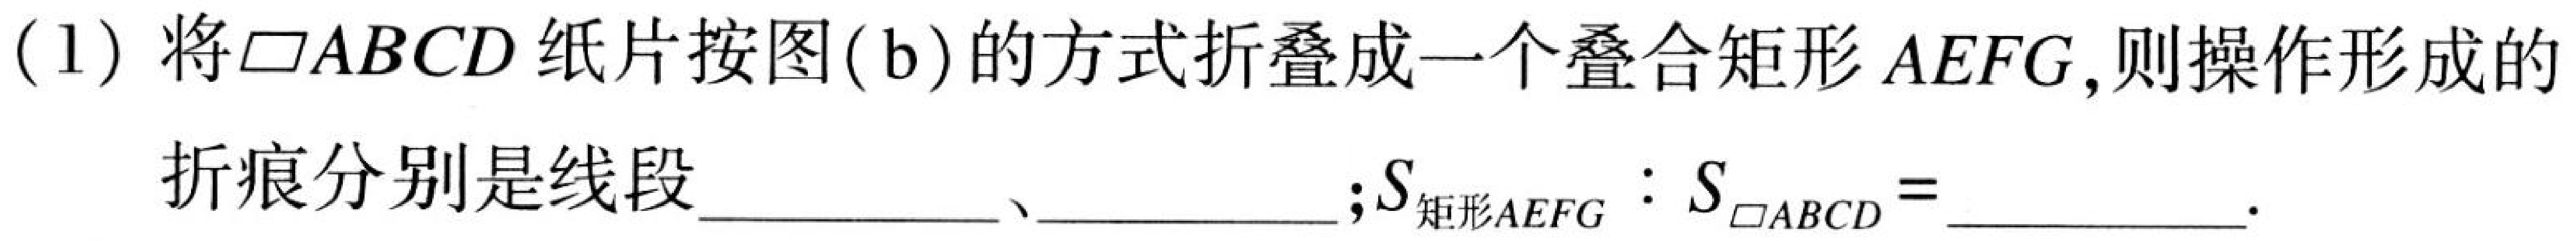
(1) 将\(\square ABCD\)纸片按图(\(b\))的方式折叠成一个叠合矩形\(AEFG\),则操作形成的折痕分别是线段  、  ;\(S_{矩形AEFG}:S_{\square ABCD} =\)  .